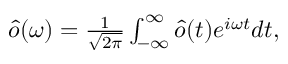
\begin{array} { r } { \hat { o } ( \omega ) = \frac { 1 } { \sqrt { 2 \pi } } \int _ { - \infty } ^ { \infty } \hat { o } ( t ) e ^ { i \omega t } d t , } \end{array}